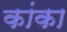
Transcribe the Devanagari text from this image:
कांका